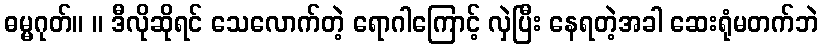
ဓမ္မဂုတ်။ ။ ဒီလိုဆိုရင် သေလောက်တဲ့ ရောဂါကြောင့် လှဲပြီး နေရတဲ့အခါ ဆေးရုံမတက်ဘဲ